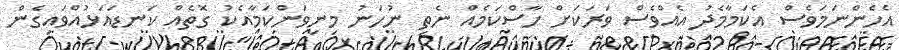
އެހެންނަމަވެސް އެކަމާމެދު އެއްވެސް ވަރަކަށް ހާސްކަމެއް ނެތި ނުހަނު މިނިވަންކަމާއެކު ގޮތެއް ކަނޑައަޅުއްވައިގެން